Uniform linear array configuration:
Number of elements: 8
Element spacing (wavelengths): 0.25
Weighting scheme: uniform
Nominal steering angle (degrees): -45
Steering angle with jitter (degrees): -44.333
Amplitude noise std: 0.05
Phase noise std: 0.05

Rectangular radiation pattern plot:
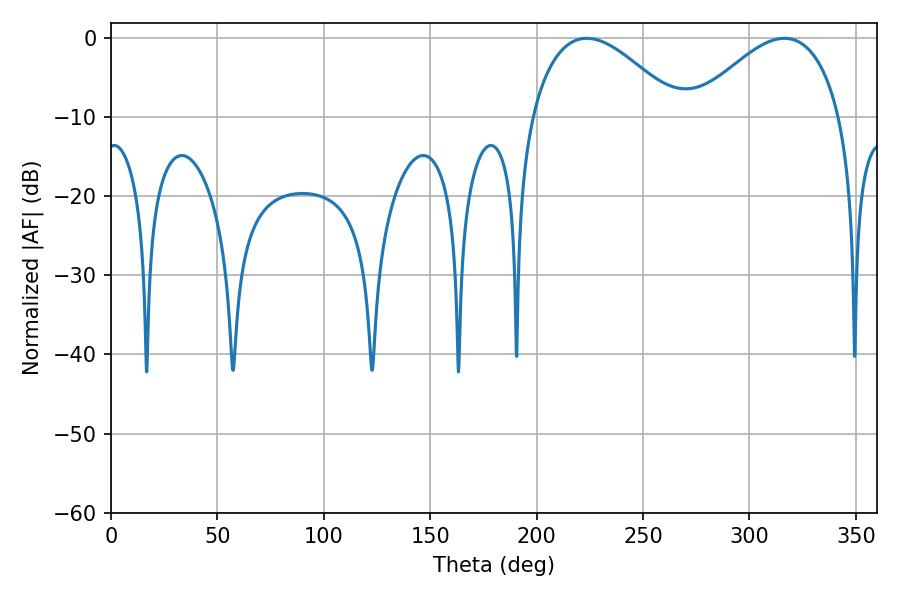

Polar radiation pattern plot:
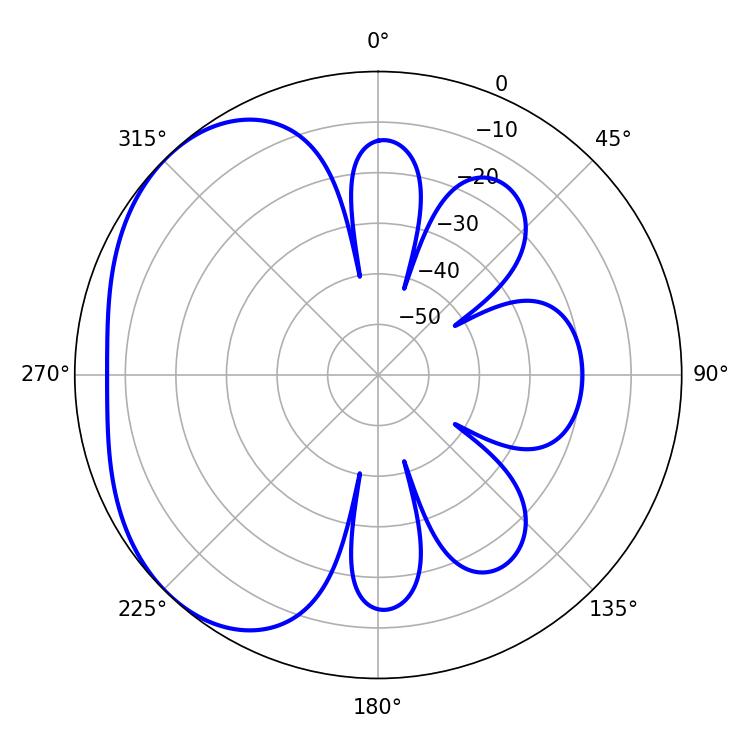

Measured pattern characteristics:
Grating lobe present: FALSE
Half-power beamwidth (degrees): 37.98
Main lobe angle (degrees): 223.56